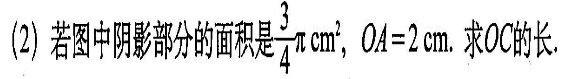
（2）若图中阴影部分的面积是\frac{3}{4}πcm^{2}，OA=2.求OC的长.